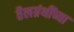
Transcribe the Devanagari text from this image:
तैलग्रंथींच्या